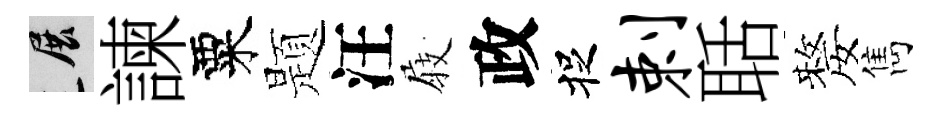
展諫粟题汪𡲆政捉剌聒嫠雋